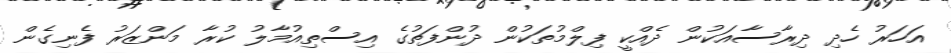
އަހަރު ހެދި ދިރާސާއަކުން ދެއްކީ ފިލްމުތަކުން ދުންފަތުގެ އިސްތިއުމާލު ކުރާ މަންޒަރު ފެނިގެން